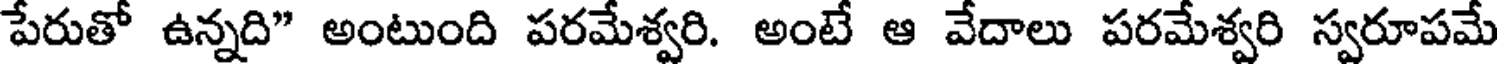
పేరుతో ఉన్నది" అంటుంది పరమేశ్వరి. అంటే ఆ వేదాలు పరమేశ్వరి స్వరూపమే